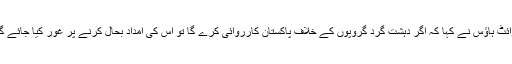
وائٹ ہاؤس نے کہا کہ اگر دہشت گرد گروپوں کے خلاف پاکستان کارروائی کرے گا تو اس کی امداد بحال کرنے پر غور کیا جائے گا۔